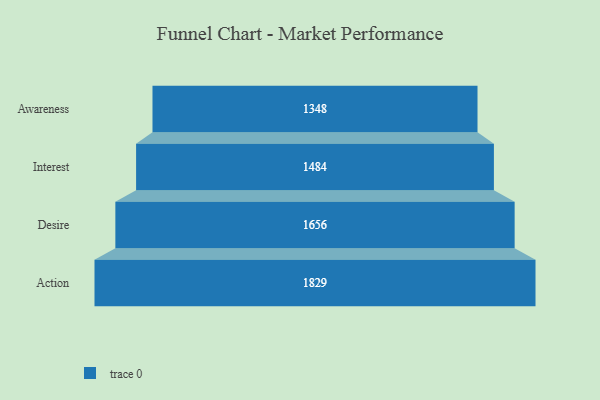
{"axis": {"x": "Stage", "y": "Value"}, "legend": [""], "data": [{"x": "Awareness", "y": 1348.0, "type": ""}, {"x": "Interest", "y": 1484.0, "type": ""}, {"x": "Desire", "y": 1656.0, "type": ""}, {"x": "Action", "y": 1829.0, "type": ""}]}